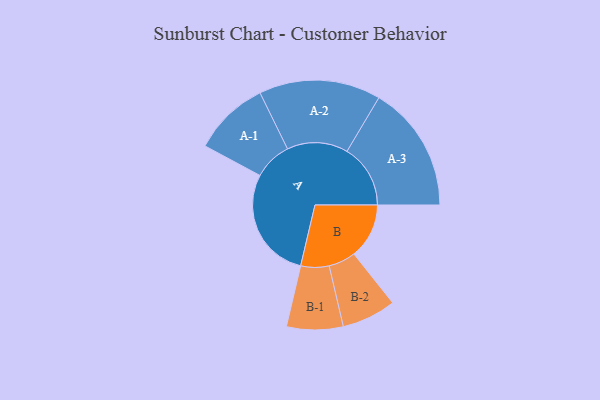
{"axis": {"x": "Segment", "y": "Value"}, "legend": ["", "A", "B"], "data": [{"x": "A", "y": 489, "type": ""}, {"x": "B", "y": 240, "type": ""}, {"x": "A-1", "y": 166, "type": "A"}, {"x": "A-2", "y": 265, "type": "A"}, {"x": "A-3", "y": 276, "type": "A"}, {"x": "B-1", "y": 123, "type": "B"}, {"x": "B-2", "y": 118, "type": "B"}]}